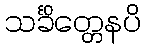
သင်္ခိတ္တေနပိ